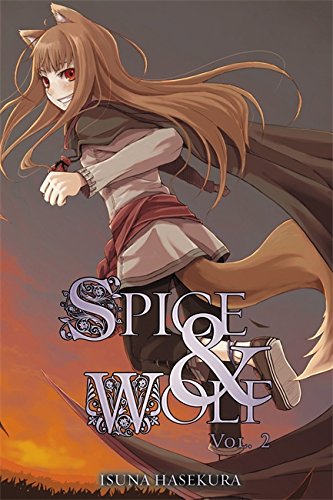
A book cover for Spice & Wolf, Vol. 2; Isuna Hasekura; Science Fiction & Fantasy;